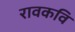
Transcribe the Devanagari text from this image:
रावकवि